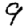
Digit: 9